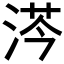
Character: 𣷏